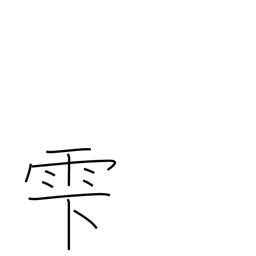
Meaning: dripping